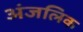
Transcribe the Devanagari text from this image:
अंजलिक